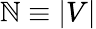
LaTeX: \mathbb{N}\equiv|V|